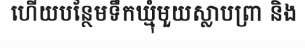
ហើយបន្ថែមទឹកឃ្មុំមួយស្លាបព្រា និង